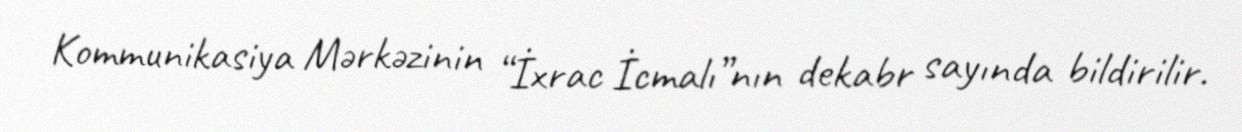
Kommunikasiya Mərkəzinin “İxrac İcmalı”nın dekabr sayında bildirilir.